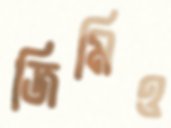
জিমিও